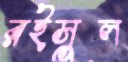
রইসুল